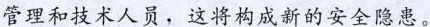
管理和技术人员，这将构成新的安全隐患。